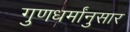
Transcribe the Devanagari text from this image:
गुणधर्मांनुसार